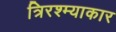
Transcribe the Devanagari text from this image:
त्रिरश्म्याकार